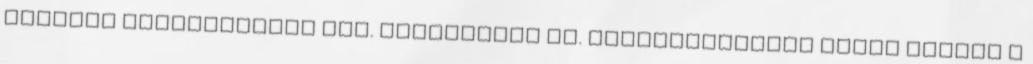
Büntető Törvénykönyv Btk. módosítása is. Magyarországon eddig csupán a